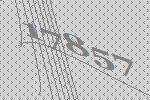
17857